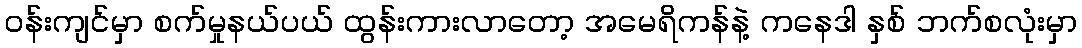
ဝန်းကျင်မှာ စက်မှုနယ်ပယ် ထွန်းကားလာတော့ အမေရိကန်နဲ့ ကနေဒါ နှစ် ဘက်စလုံးမှာ